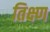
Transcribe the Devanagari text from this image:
तिक्ष्ण